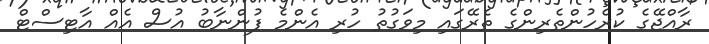
ރާއްޖޭގެ ކުރެހުންތެރިންގެ ތެރޭގައި މިވަގުތު ހުރި އެންމެ ފުންނާބު އުސް އެއް އާޓިސްޓް